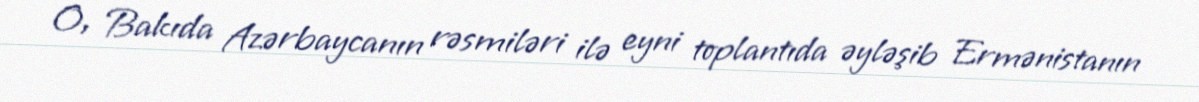
O, Bakıda Azərbaycanın rəsmiləri ilə eyni toplantıda əyləşib Ermənistanın